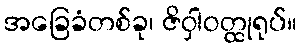
အခြေခံတစ်ခု၊ ဇိဝှါဝတ္ထုရုပ်။